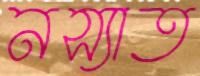
নস্যাত